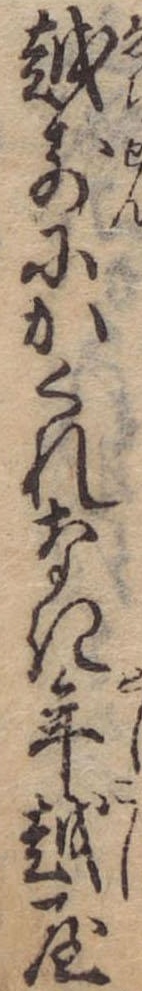
越前にかくれなき年越屋